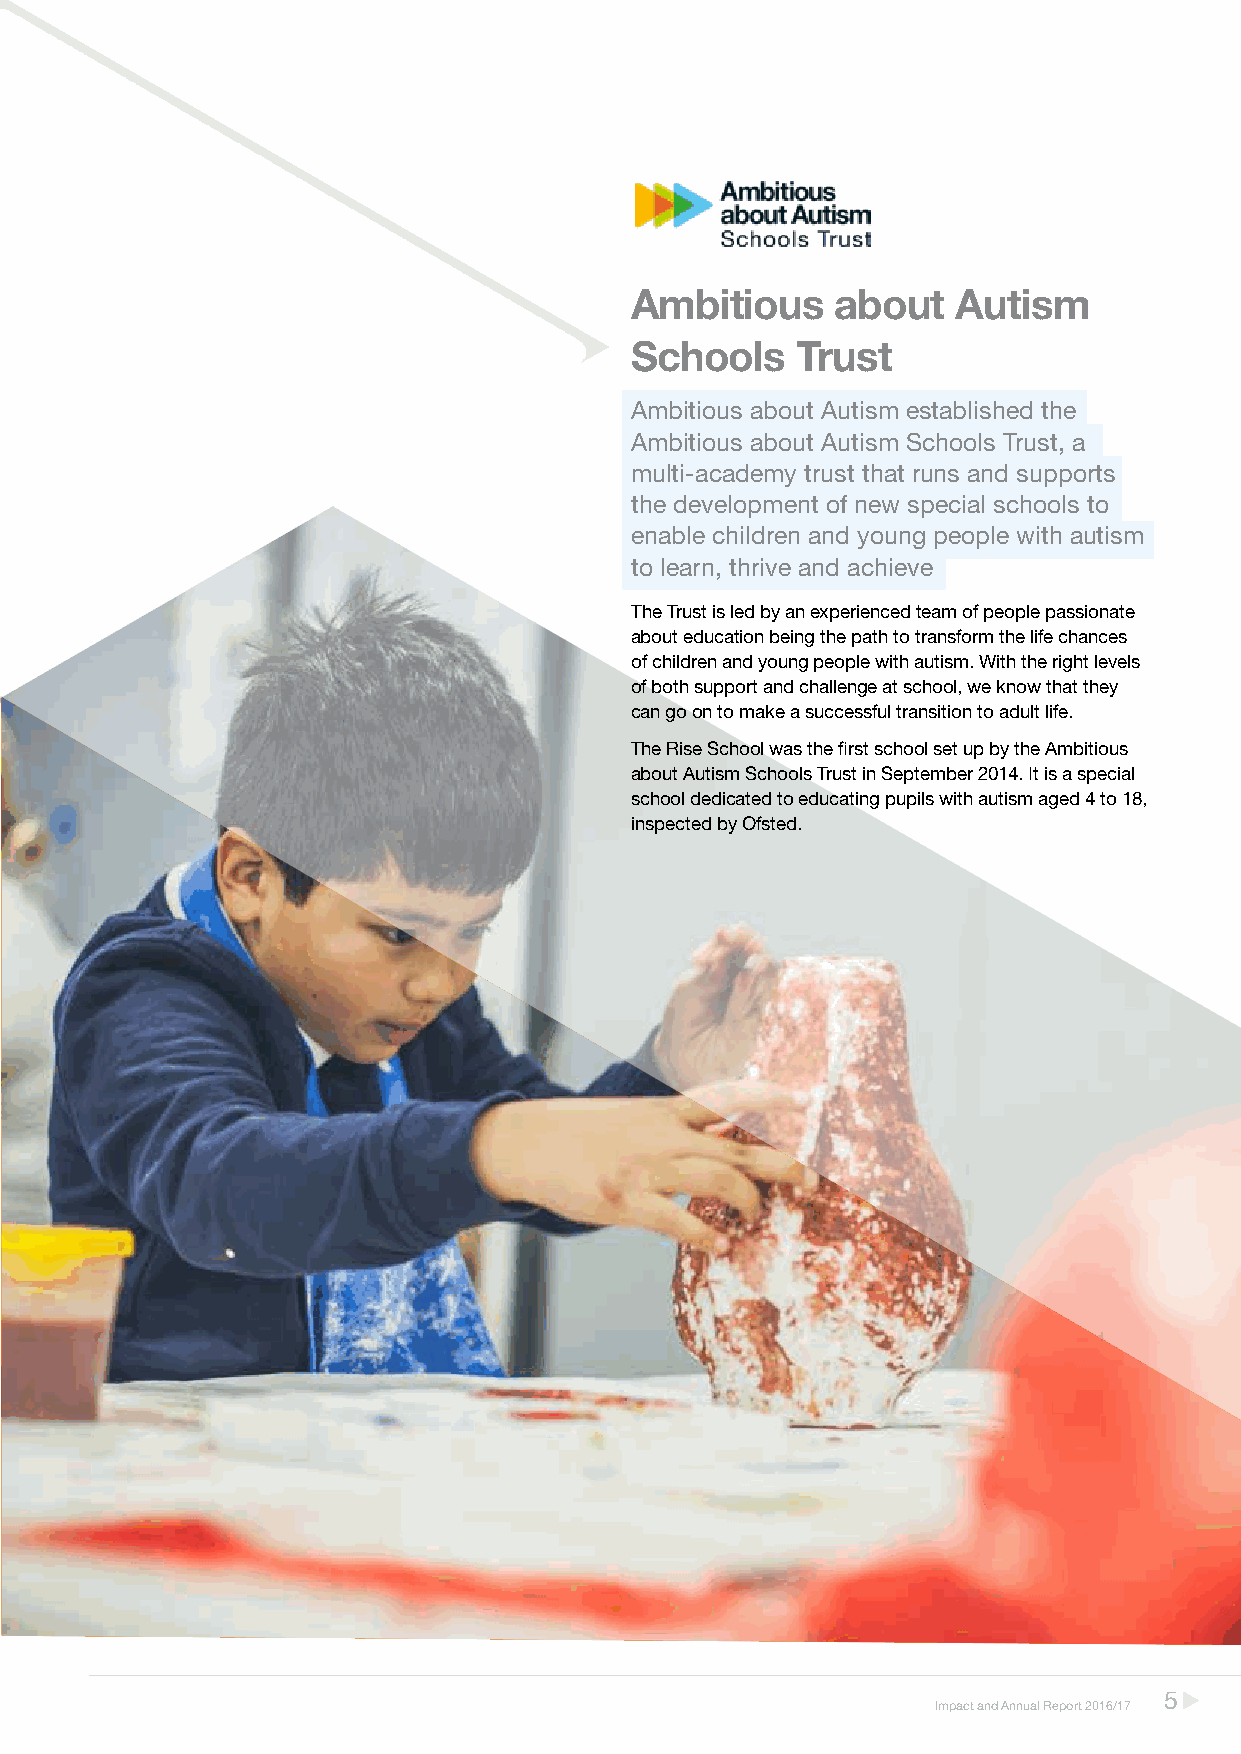
Ambitious    about   Autism
 Schools    Trust
 Ambitious about Autism established the
 Ambitious about Autism Schools Trust, a
 multi-academy trust that runs and supports
 the development of new special schools to
 enable children and young people with autism
 to learn, thrive and achieve
 The Trust is led by an experienced team of people passionate
 about education being the path to transform the life chances
 of children and young people with autism. With the right levels
 of both support and challenge at school, we know that they
 can go on to make a successful transition to adult life.
 The Rise School was the first school set up by the Ambitious
 about Autism Schools Trust in September 2014. It is a special
 school dedicated to educating pupils with autism aged 4 to 18,
 inspected by Ofsted.
 55
 IImmppaacctt aanndd AAnnnnuuaall RReeppoorrtt 22001166//1177